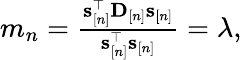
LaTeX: \begin{array}{r}{m_{n}=\frac{{\mathbf s}_{[n]}^{\top}{\mathbf D}_{[n]}{\mathbf s}_{[n]}}{\mathbf s_{[n]}^{\top}\mathbf s_{[n]}}=\lambda,}\end{array}